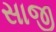
સાજી